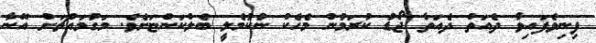
ފިނިވެފައިވާ ދެއަތް ދެއަތާ ޖޯޑު ކުރަމުން މެހެކް ނުކުމެލީ ބެލްކަންޏަށެވެ. މަގުމައްޗަށް އޭނާ